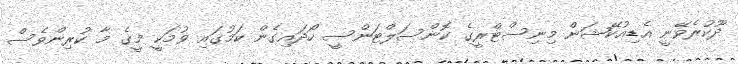
ދޫކުރެވޭނީ އެޑިއުކޭޝަން މިނިސްޓްރީގެ ކޮންސަލްޓަންސީ ހޯދައިގެން ކަމުގައި ވުމަކީ މީގެ މާ ކުރިންވެސް